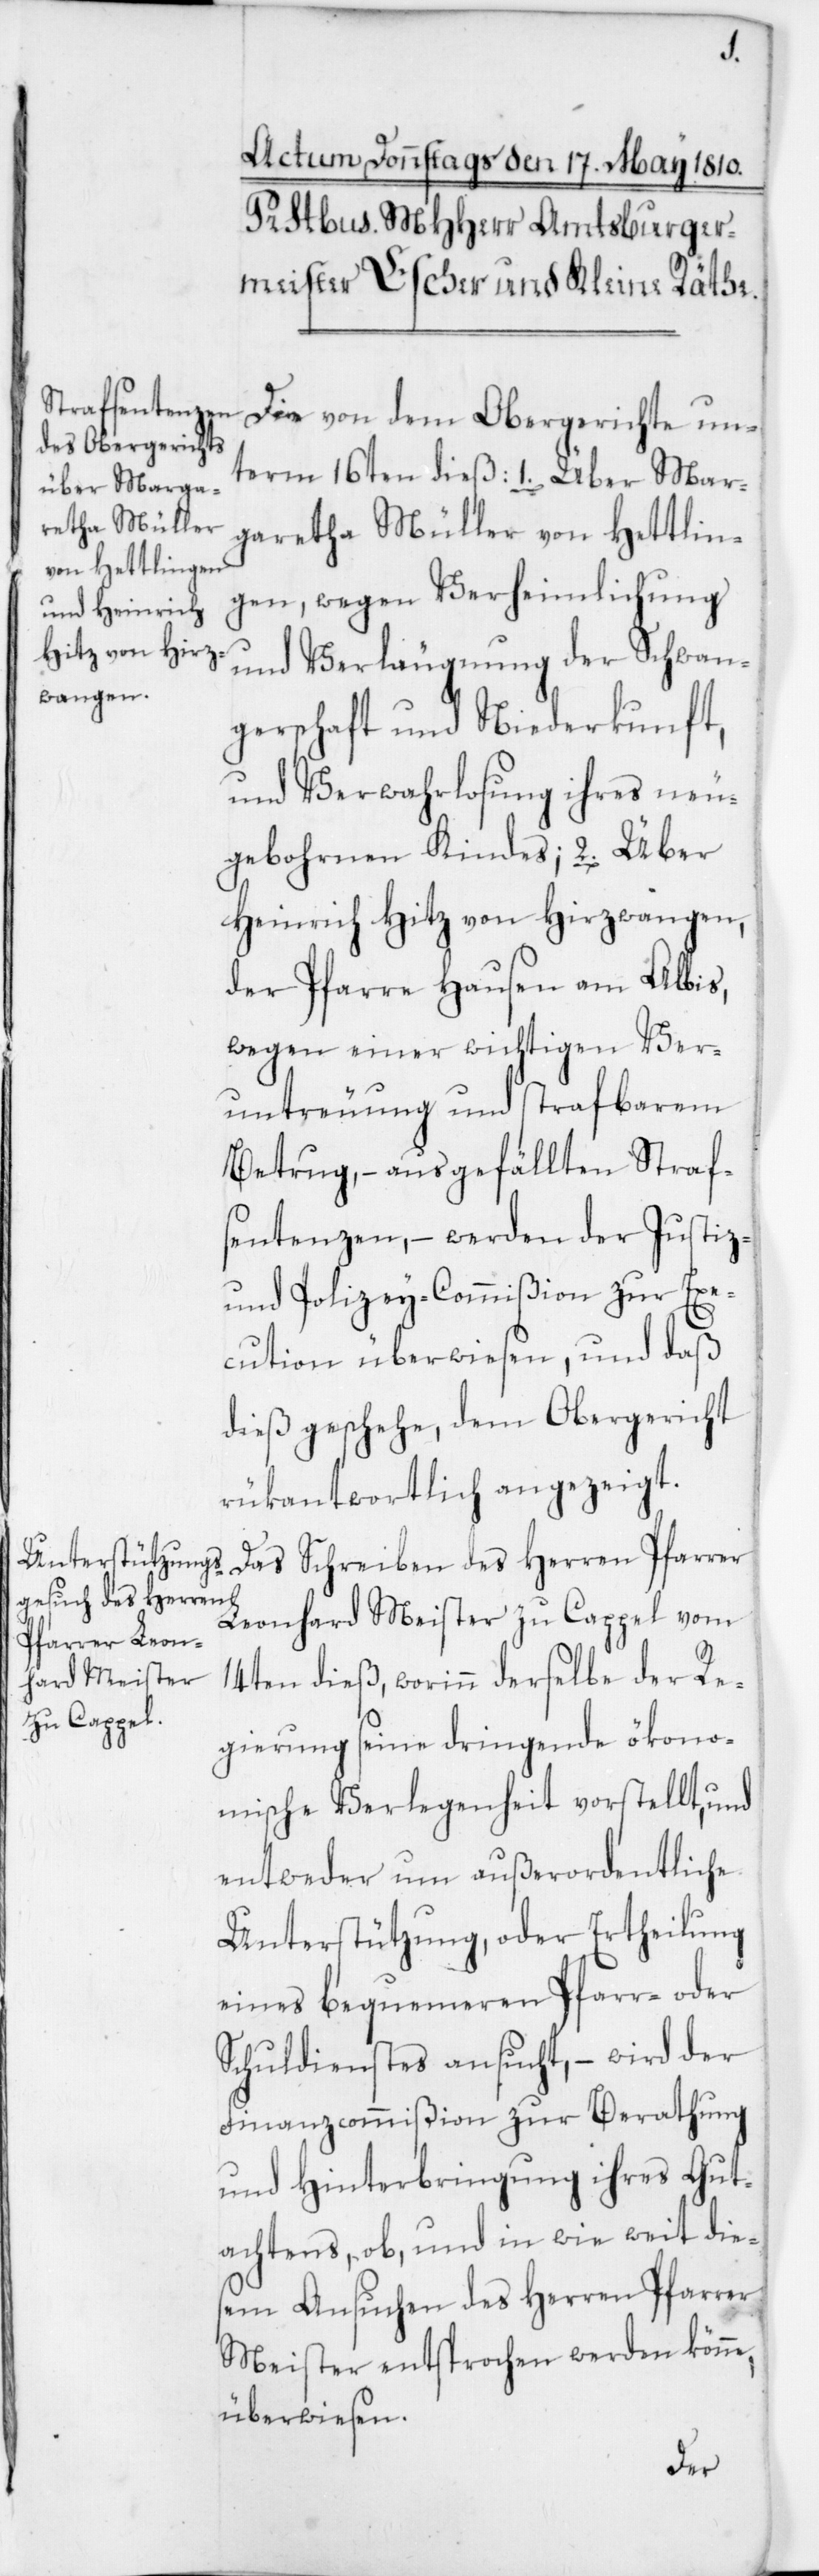
2.
Die von dem Obergerichte un¬
Über Marga¬
retha Müller von Hettlin¬
gen, wegen Verheimlichung
und Verläugnung der Schwan¬
bohrnen
gerschaft und Niederkunft,
und Verwahrlosung ihres neuge¬
Heinrich Hitz von Hirzwangen,
der Pfarre Hausen am Albis,
wegen einer wichtigen Ver¬
untreuung und strafbarem
ausgefällten Straf¬
sentenzen – werden der Justiz-
und Polizey-Commißion zur Exe¬
cution überwiesen, und daß
dieß geschehe, dem Obergericht
rükantwortlich angezeigt.
Das Schreiben des Herren Pfarrer
Leonhard Meister zu Cappel vom
14ten dieß, worinn derselbe der Re¬
gierung seine dringende ökono¬
mische Verlegenheit vorstellt, und
entweder um außerordentliche
Unterstützung, oder Ertheilung
eines bequemeren Pfarr- oder
Schuldienstes ansucht – wird der
Finanzcommißion zur Berathung
und Hinterbringung ihres Gut¬
achtens, ob, und in wie weit die¬
sem Ansuchen des Herren Pfarrer
Meister entsprochen werden könne,
überwiesen.
term